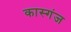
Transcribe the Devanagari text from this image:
कास्गंज